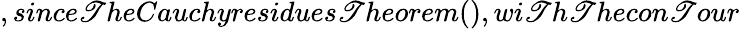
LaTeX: ,since\mathscr{T}heCauchyresidues\mathscr{T}heorem(),wi\mathscr{T}h\mathscr{T}hecon\mathscr{T}our